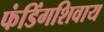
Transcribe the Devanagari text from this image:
फंडिंगशिवाय